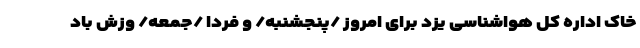
خاک اداره کل هواشناسی یزد برای امروز /پنجشنبه/ و فردا /جمعه/ وزش باد